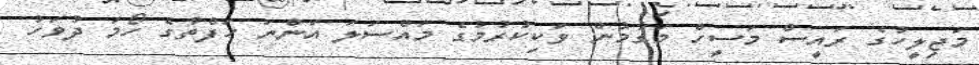
މަޖިލީހުގެ ރައީސް މަސީހް މަގާމުން ވަކިކުރުމުގެ މައްސަލަ އަންނަ ހަފްތާގެ ހޯމަ ދުވަހު